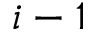
i - 1